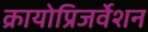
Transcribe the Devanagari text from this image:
क्रायोप्रिजर्वेशन